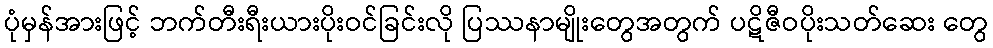
ပုံမှန်အားဖြင့် ဘက်တီးရီးယားပိုးဝင်ခြင်းလို ပြဿနာမျိုးတွေအတွက် ပဋိဇီဝပိုးသတ်ဆေး တွေ